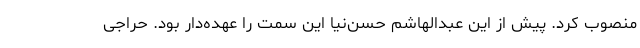
منصوب کرد. پیش از این عبدالهاشم حسن‌نیا این سمت را عهده‌دار بود. حراجی